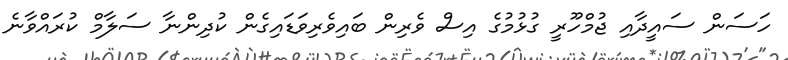
ހަސަން ސައީދާއި ޖުމްހޫރީ ގުޅުމުގެ އިސް ވެރިން ބައިވެރިވަޑައިގެން ކުދިންނާ ސަލާމް ކުރައްވާނެ